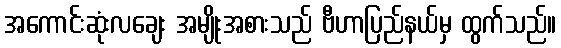
အကောင်းဆုံးလချေး အမျိုးအစားသည် ဗီဟာပြည်နယ်မှ ထွက်သည်။